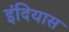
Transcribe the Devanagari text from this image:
इंदियास